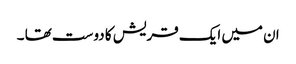
ان میں ایک قریش کا دوست تھا ۔